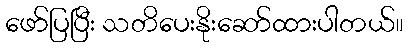
ဖော်ပြပြီး သတိပေးနိုးဆော်ထားပါတယ်။